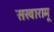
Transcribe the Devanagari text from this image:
सखारामू